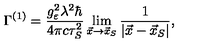
\Gamma ^ { ( 1 ) } = \frac { g _ { \varepsilon } ^ { 2 } \lambda ^ { 2 } \hbar } { 4 \pi c \tau _ { S } ^ { 2 } } \lim _ { \vec { x } \rightarrow \vec { x } _ { S } } \frac { 1 } { | \vec { x } - \vec { x } _ { S } | } ,